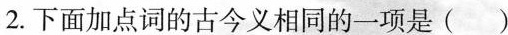
2.下面加点词的古今义相同的一项是()